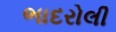
ભાદરોલી